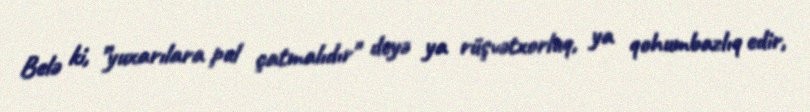
Belə ki, ”yuxarılara pul çatmalıdır" deyə ya rüşvətxorluq, ya qohumbazlıq edir,